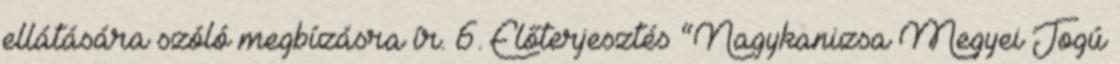
ellátására szóló megbízásra ír. 6. Előterjesztés “Nagykanizsa Megyei Jogú